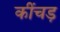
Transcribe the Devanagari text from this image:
कींचड़